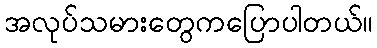
အလုပ်သမားတွေကပြောပါတယ်။